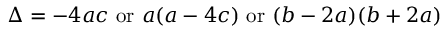
\Delta = - 4 a c { \mathrm { ~ o r ~ } } a ( a - 4 c ) { \mathrm { ~ o r ~ } } ( b - 2 a ) ( b + 2 a )